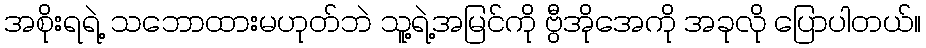
အစိုးရရဲ့ သဘောထားမဟုတ်ဘဲ သူ့ရဲ့အမြင်ကို ဗွီအိုအေကို အခုလို ပြောပါတယ်။